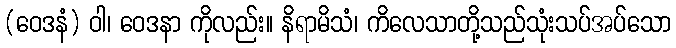
(ဝေဒနံ) ဝါ၊ ဝေဒနာ ကိုလည်း။ နိရာမိသံ၊ ကိလေသာတို့သည်သုံးသပ်အပ်သော